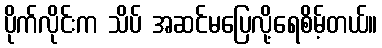
ပိုက်လိုင်းက သိပ် အဆင်မပြေလို့ရေစိမ့်တယ်။